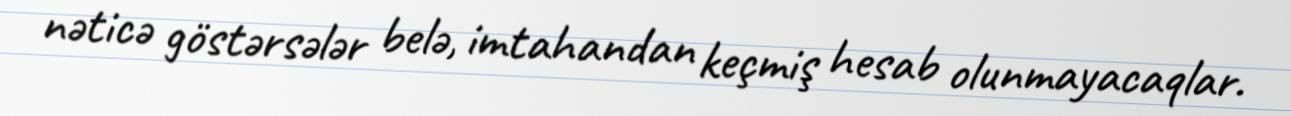
nəticə göstərsələr belə, imtahandan keçmiş hesab olunmayacaqlar.